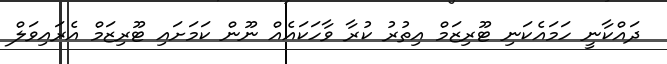
ދައްކާނީ ހަމައެކަނި ޓޫރިޒަމް އިތުރު ކުރާ ވާހަކައެއް ނޫން ކަމަށައި ޓޫރިޒަމް އެރައިވަލް